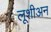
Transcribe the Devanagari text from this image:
लूशीअन